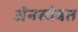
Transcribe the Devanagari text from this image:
अॅनसोबत